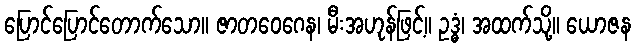
ပြောင်ပြောင်တောက်သော။ ဇာတဝေဂေန၊ မီးအဟုန်ဖြင့်။ ဥဒ္ဓံ၊ အထက်သို့။ ယောဇန